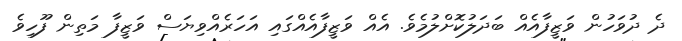
ދެ ދުވަހުން ވަޒީފާއެއް ބަދަލުކޮށްލުމެވެ. އެއް ވަޒީފާއެއްގައި އަހަރެއްވިޔަސް ވަޒީފާ މަތިން ފޫހިވެ